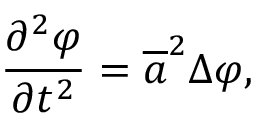
{ \frac { \partial ^ { 2 } \varphi } { \partial t ^ { 2 } } } = { \overline { { a } } } ^ { 2 } \Delta \varphi ,